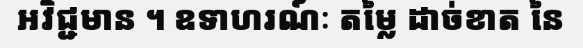
អវិជ្ជមាន ។ ឧទាហរណ៍ៈ តម្លៃ ដាច់ខាត នៃ